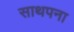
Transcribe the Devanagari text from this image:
साथपना